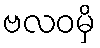
ဗလဝမှိ